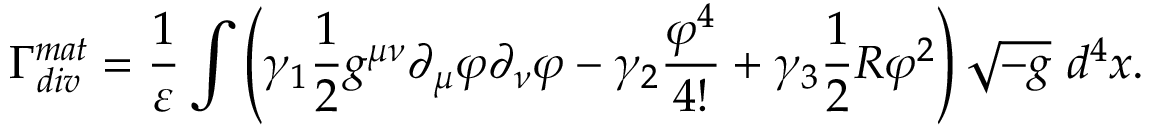
\Gamma _ { d i v } ^ { m a t } = \frac { 1 } { \varepsilon } \int \left( \gamma _ { 1 } \frac { 1 } { 2 } g ^ { \mu \nu } \partial _ { \mu } \varphi \partial _ { \nu } \varphi - \gamma _ { 2 } \frac { \varphi ^ { 4 } } { 4 ! } + \gamma _ { 3 } \frac { 1 } { 2 } R \varphi ^ { 2 } \right) \sqrt { - g } ~ d ^ { 4 } x .